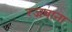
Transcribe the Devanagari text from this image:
रजवाना